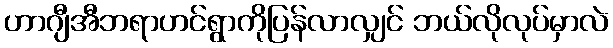
ဟာဂျီအီဘရာဟင်ရွာကိုပြန်လာလျှင် ဘယ်လိုလုပ်မှာလဲ